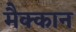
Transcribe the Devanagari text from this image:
मैक्कान